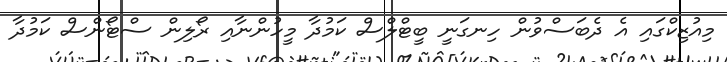
މިއުޒިކްގައި އެ ދެބަސްވުން ހިނގަނީ ބީޓްލްސް ކަމުދާ މީހުންނާއި ރޯލިން ސްޓޯންސް ކަމުދާ